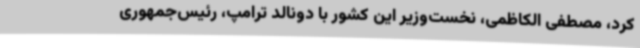
کرد، مصطفی الکاظمی، نخست‌وزیر این کشور با دونالد ترامپ، رئیس‌جمهوری